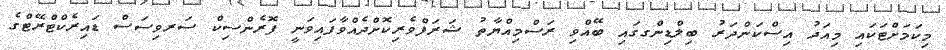
މިކަމަށްޓަކައި މިއަދު އިސްކަންދަރު ބިލްޑިންގގައި ބޭއްވި ރަސްމިއްޔާތު ޝަރަފްވެރިކޮށްދެއްވާފައިވަނީ ފޮރެންސިކް ސަރވިސަސް ޑައިރެކްޓްރޭޓްގެ